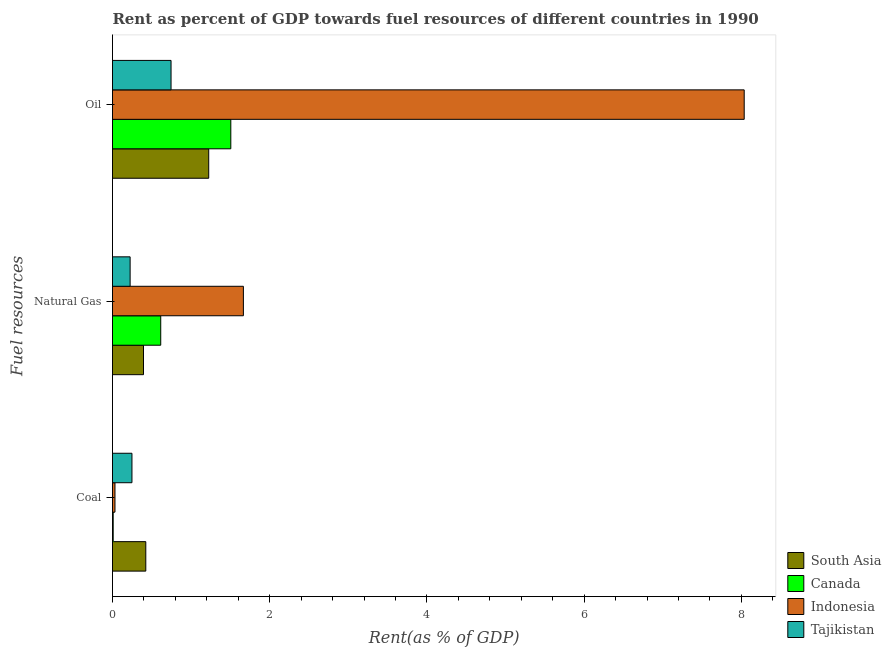
| Fuel resources | South Asia | Canada | Indonesia | Tajikistan |
 | --- | --- | --- | --- | --- |
 | Coal | 0.424 | 0.00875 | 0.0314 | 0.247 |
 | Natural Gas | 0.394 | 0.613 | 1.67 | 0.224 |
 | Oil | 1.22 | 1.5 | 8.04 | 0.745 |